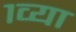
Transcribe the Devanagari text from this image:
१व्या